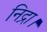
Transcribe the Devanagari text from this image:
निद्रा।